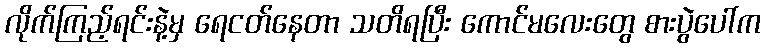
လိုက်ကြည့်ရင်းနဲ့မှ ရေငတ်နေတာ သတိရပြီး ကောင်မလေးတွေ စားပွဲပေါ်က